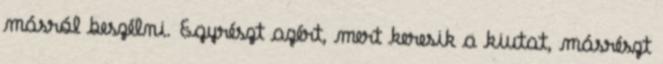
másról beszélni. Egyrészt azért, mert keresik a kiutat, másrészt